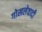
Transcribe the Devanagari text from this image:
गोखलेवादी